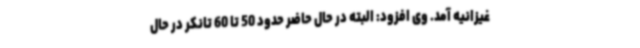
غیزانیه آمد. وی افزود: البته در حال حاضر حدود 50 تا 60 تانکر در حال